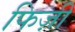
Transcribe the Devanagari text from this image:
फिज़ी